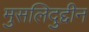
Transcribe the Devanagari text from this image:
मुसलिदुद्दीन